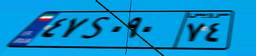
۴۷S۰۹۰۷۴